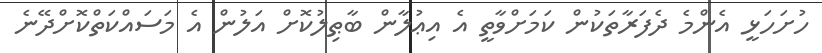
ހުށަހަޅީ އެންމެ ދެފަރާތަކުން ކަމަށްވާތީ އެ އިޢުލާން ބާޠިލުކޮށް އަލުން އެ މަސައްކަތްކޮށްދޭނެ